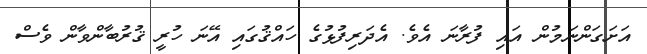
އަށަގަންނަމުން އައި ފުރާނަ އެވެ. އެދަރިފުޅުގެ ހައްޤުގައި އޭނަ ހުރީ ޤުރުބާންވާން ވެސް